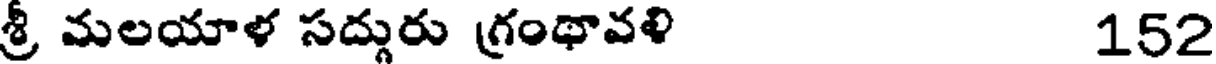
శ్రీ మలయాళ సద్గురు గ్రంథావళి 152